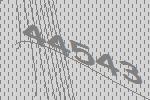
44543